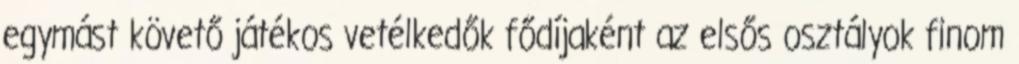
egymást követő játékos vetélkedők fődíjaként az elsős osztályok finom